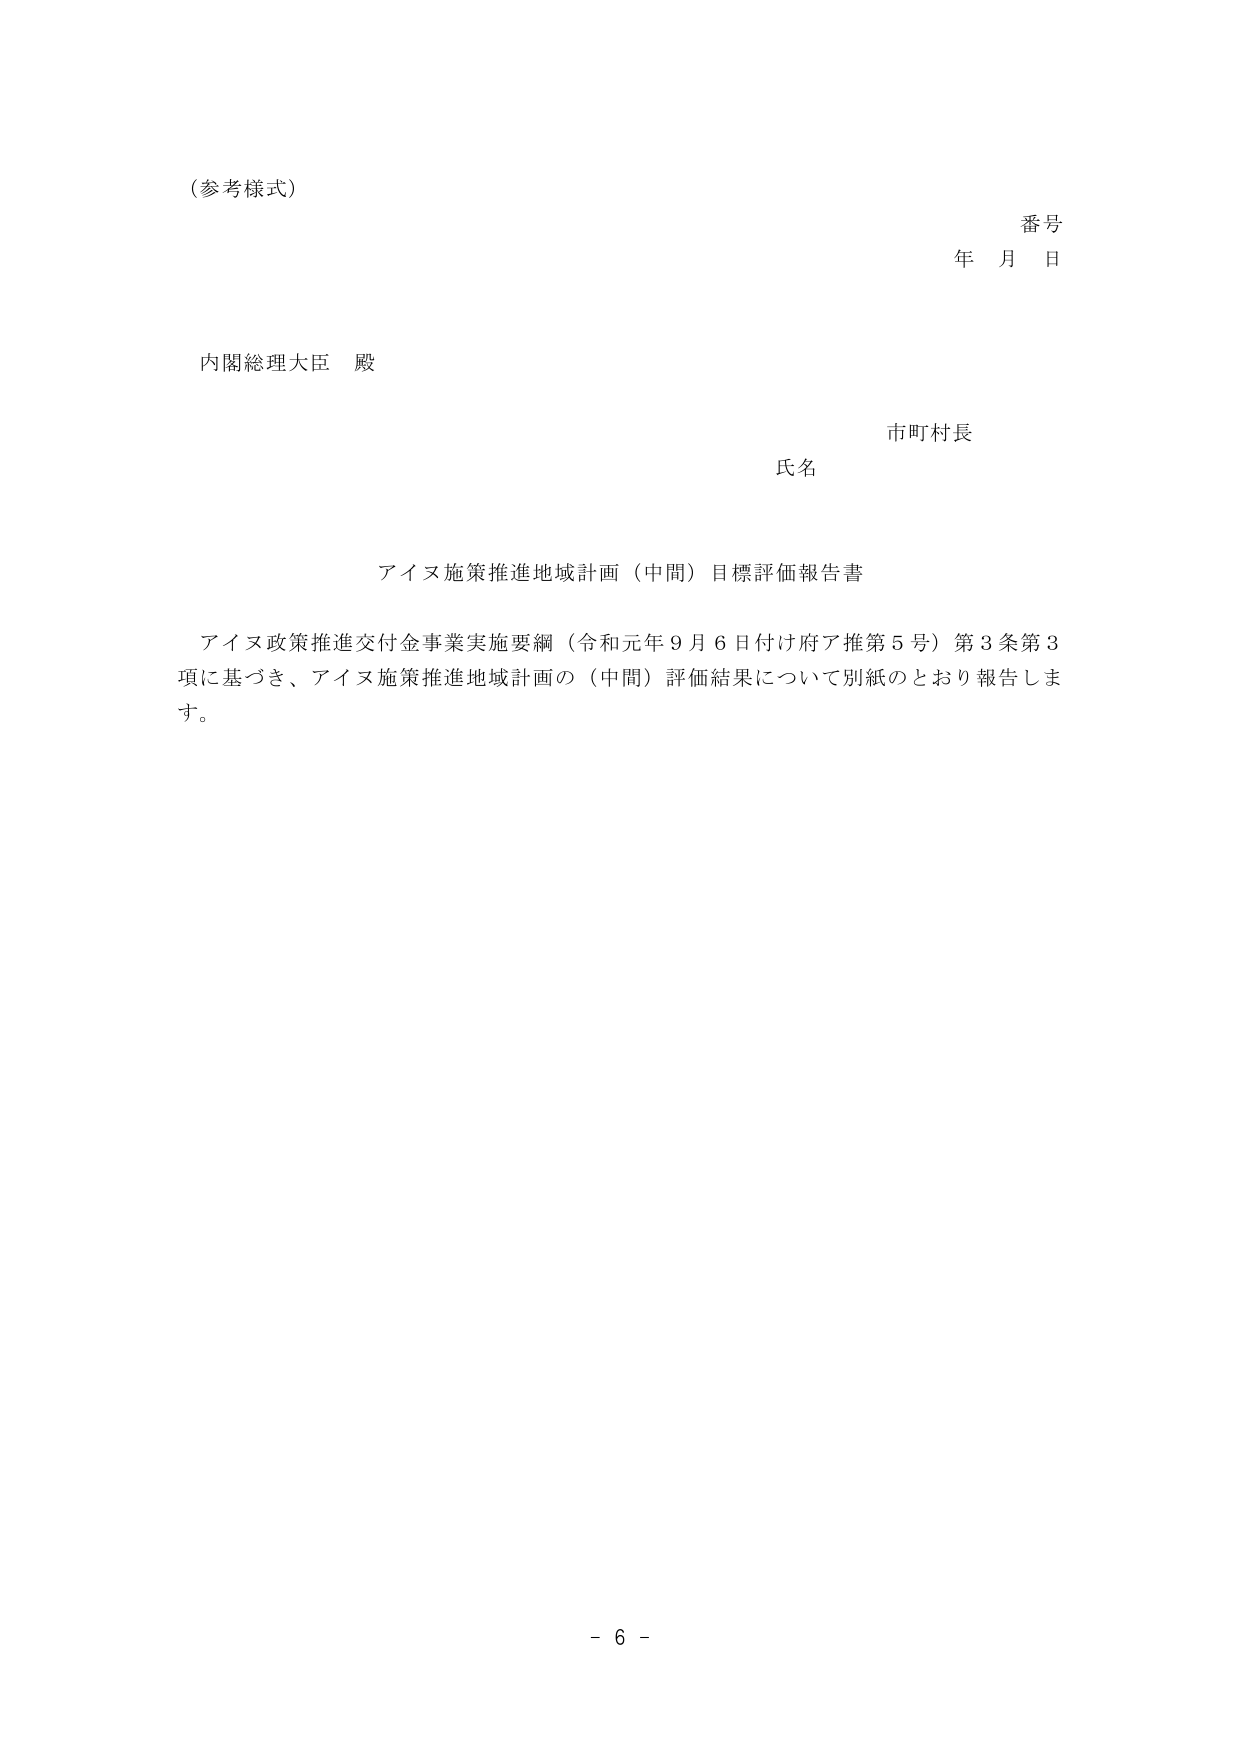
(参考様式)

番号
年 月 日

内閣総理大臣 殿

市町村長
氏名

アイヌ施策推進地域計画（中間）目標評価報告書

アイヌ政策推進交付金事業実施要綱（令和元年９月６日付け府ア推第５号）第３条第３項に基づき、アイヌ施策推進地域計画の（中間）評価結果について別紙のとおり報告します。

- 6 -